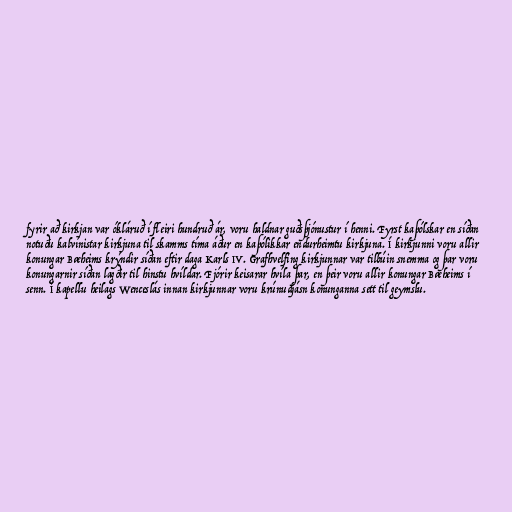
fyrir að kirkjan var ókláruð í fleiri hundruð ár, voru haldnar guðsþjónustur í henni. Fyrst kaþólskar en síðan
notuðu kalvínistar kirkjuna til skamms tíma áður en kaþólikkar endurheimtu kirkjuna. Í kirkjunni voru allir
konungar Bæheims krýndir síðan eftir daga Karls IV. Grafhvelfing kirkjunnar var tilbúin snemma og þar voru
konungarnir síðan lagðir til hinstu hvíldar. Fjórir keisarar hvíla þar, en þeir voru allir konungar Bæheims í
senn. Í kapellu heilags Wenceslás innan kirkjunnar voru krúnudjásn konunganna sett til geymslu.